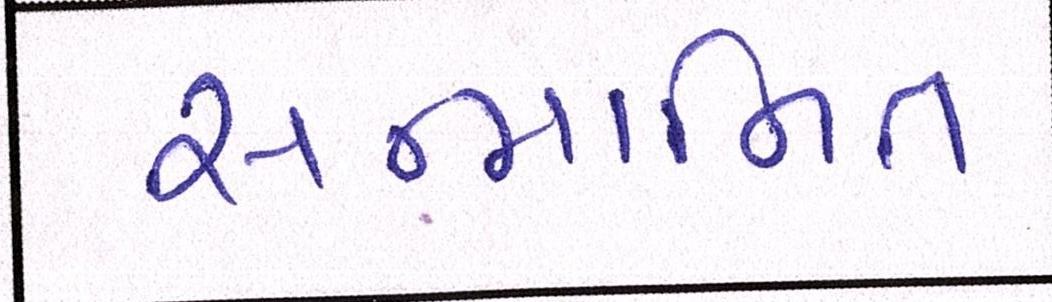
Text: સન્માનિત